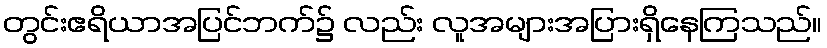
တွင်းဧရိယာအပြင်ဘက်၌ လည်း လူအများအပြားရှိနေကြသည်။